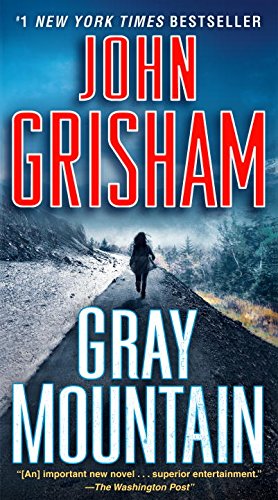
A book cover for Gray Mountain: A Novel; John Grisham; Mystery, Thriller & Suspense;